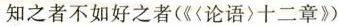
知之者不如好之者(《〈论语十二章?》)